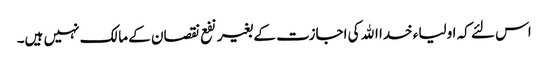
اس لئے کہ اولیاء خدا الله کی اجازت کے بغیر نفع نقصان کے مالک نہیں ہیں۔